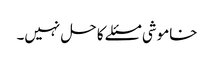
خاموشی مسئلے کا حل نہیں۔